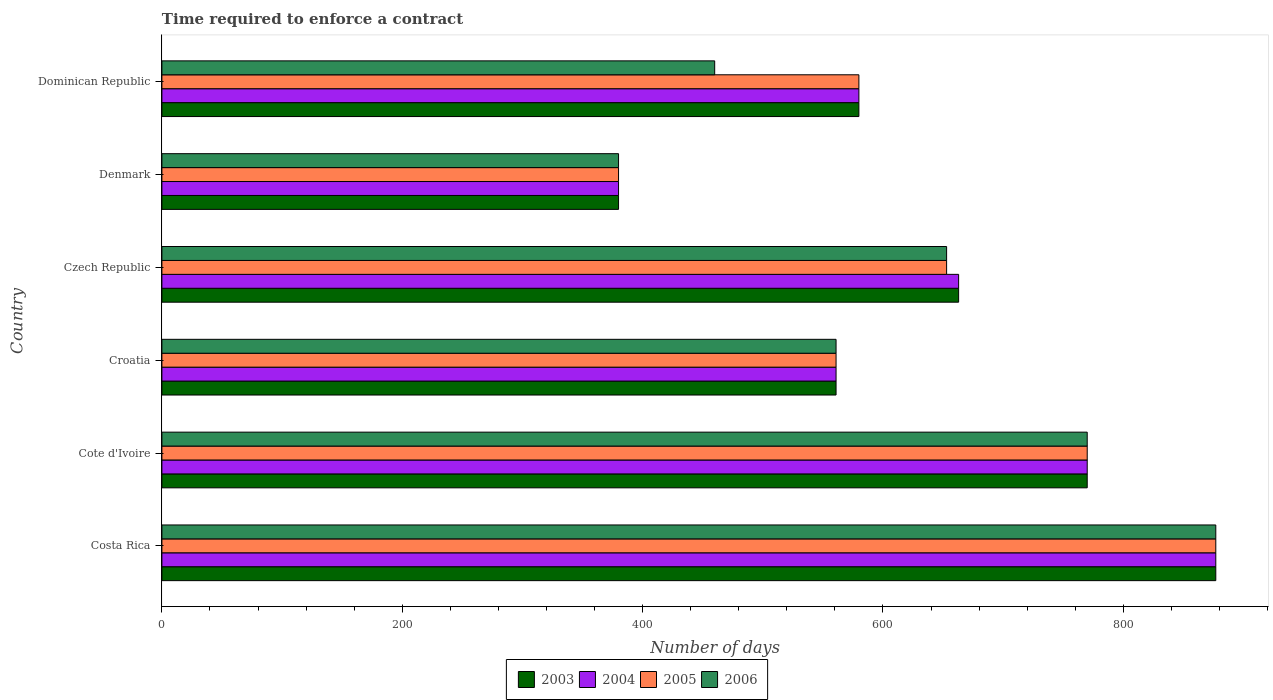
| Country | 2003 | 2004 | 2005 | 2006 |
 | --- | --- | --- | --- | --- |
 | Costa Rica | 877 | 877 | 877 | 877 |
 | Cote d'Ivoire | 770 | 770 | 770 | 770 |
 | Croatia | 561 | 561 | 561 | 561 |
 | Czech Republic | 663 | 663 | 653 | 653 |
 | Denmark | 380 | 380 | 380 | 380 |
 | Dominican Republic | 580 | 580 | 580 | 460 |